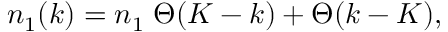
n _ { 1 } ( k ) = n _ { 1 } \; \Theta ( K - k ) + \Theta ( k - K ) ,